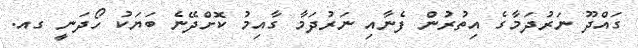
ގައްދޫ ނަރުދަމާގެ އިތުރުން ފެނާއި ނަރުދަމާ ގާއިމު ކޮށްދޭނެ ބަޔަކު ހޯދަނީ ގއ.